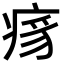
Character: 𬏯